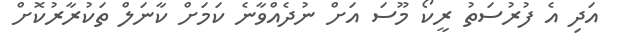
އަދި އެ ފުރުސަތު ރީކޯ މޫސަ އަށް ނުދެއްވާނެ ކަމަށް ކާނަލް ތަކުރާރުކޮށް